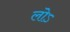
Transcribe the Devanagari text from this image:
लोऽ